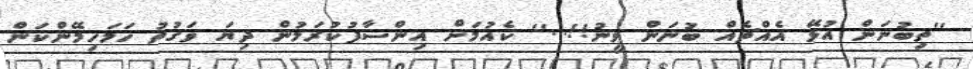
''ތިބުނަން އުޅޭ އެއްޗެއް ބުނަން ވީނު!!...'' ކެއުމަށް އިންސާފުކުރަމުން ދިޔަ ވަގުތު ހަމަހިމޭންކަން